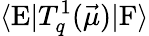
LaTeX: \langle\textrm{E}|T_{q}^{1}(\vec{\mu})|\textrm{F}\rangle